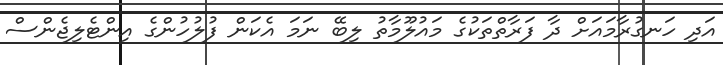
އަދި ހަނގުރާމައަށް ދާ ފަރާތްތަކުގެ މައުލޫމާތު ލިބޭ ނަމަ އެކަން ފުލުހުންގެ އިންޓެލިޖެންސް